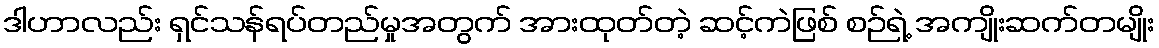
ဒါဟာလည်း ရှင်သန်ရပ်တည်မှုအတွက် အားထုတ်တဲ့ ဆင့်ကဲဖြစ် စဉ်ရဲ့ အကျိုးဆက်တမျိုး